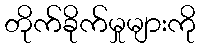
တိုက်ခိုက်မှုများကို